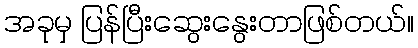
အခုမှ ပြန်ပြီးဆွေးနွေးတာဖြစ်တယ်။